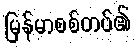
မြန်မာစစ်တပ်၏